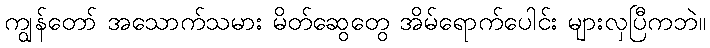
ကျွန်တော် အသောက်သမား မိတ်ဆွေတွေ အိမ်ရောက်ပေါင်း များလှပြီကဘဲ။